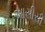
આસીસી